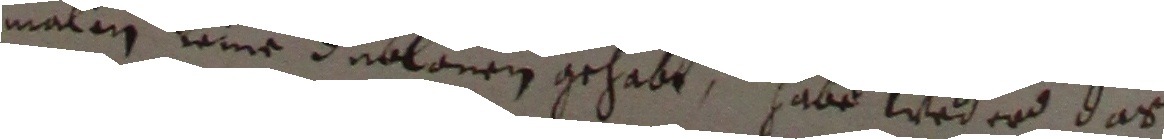
malen keine dublonen gehabt, habe weder das